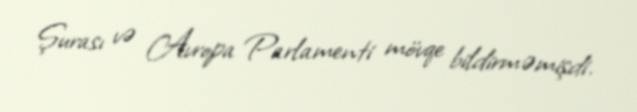
Şurası və Avropa Parlamenti mövqe bildirməmişdi.